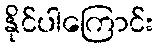
နိုင်ပါကြောင်း